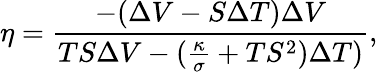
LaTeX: \eta=\frac{-(\Delta V-S\Delta T)\Delta V}{TS\Delta V-(\frac{\kappa}{\sigma}+TS^{2})\Delta T)},